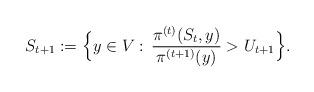
LaTeX: \begin{align*}S_{t+1}:=\Big\{y\in V:\, \frac{\pi^{(t)}(S_t,y)}{\pi^{(t+1)}(y)}>U_{t+1}\Big\}.\end{align*}